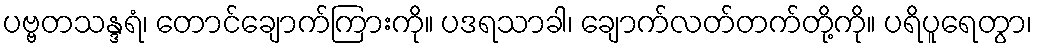
ပဗ္ဗတသန္ဒရံ၊ တောင်ချောက်ကြားကို။ ပဒရသာခါ၊ ချောက်လတ်တက်တို့ကို။ ပရိပူရေတွာ၊